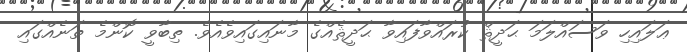
ޢަލައިހި ވަސައްލަމަ ޙަދީޘް ކުރައްވާފައިވާ ޙަދީޘެއްގެ މާނައިގައިވެއެވެ. ތިބާވީ ކޮންމެ ތަނެއްގައި